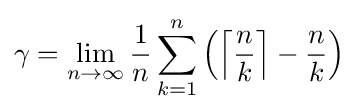
\gamma =\lim _{n\to \infty }{\frac {1}{n}}\sum _{k=1}^{n}\left(\left\lceil {\frac {n}{k}}\right\rceil -{\frac {n}{k}}\right)